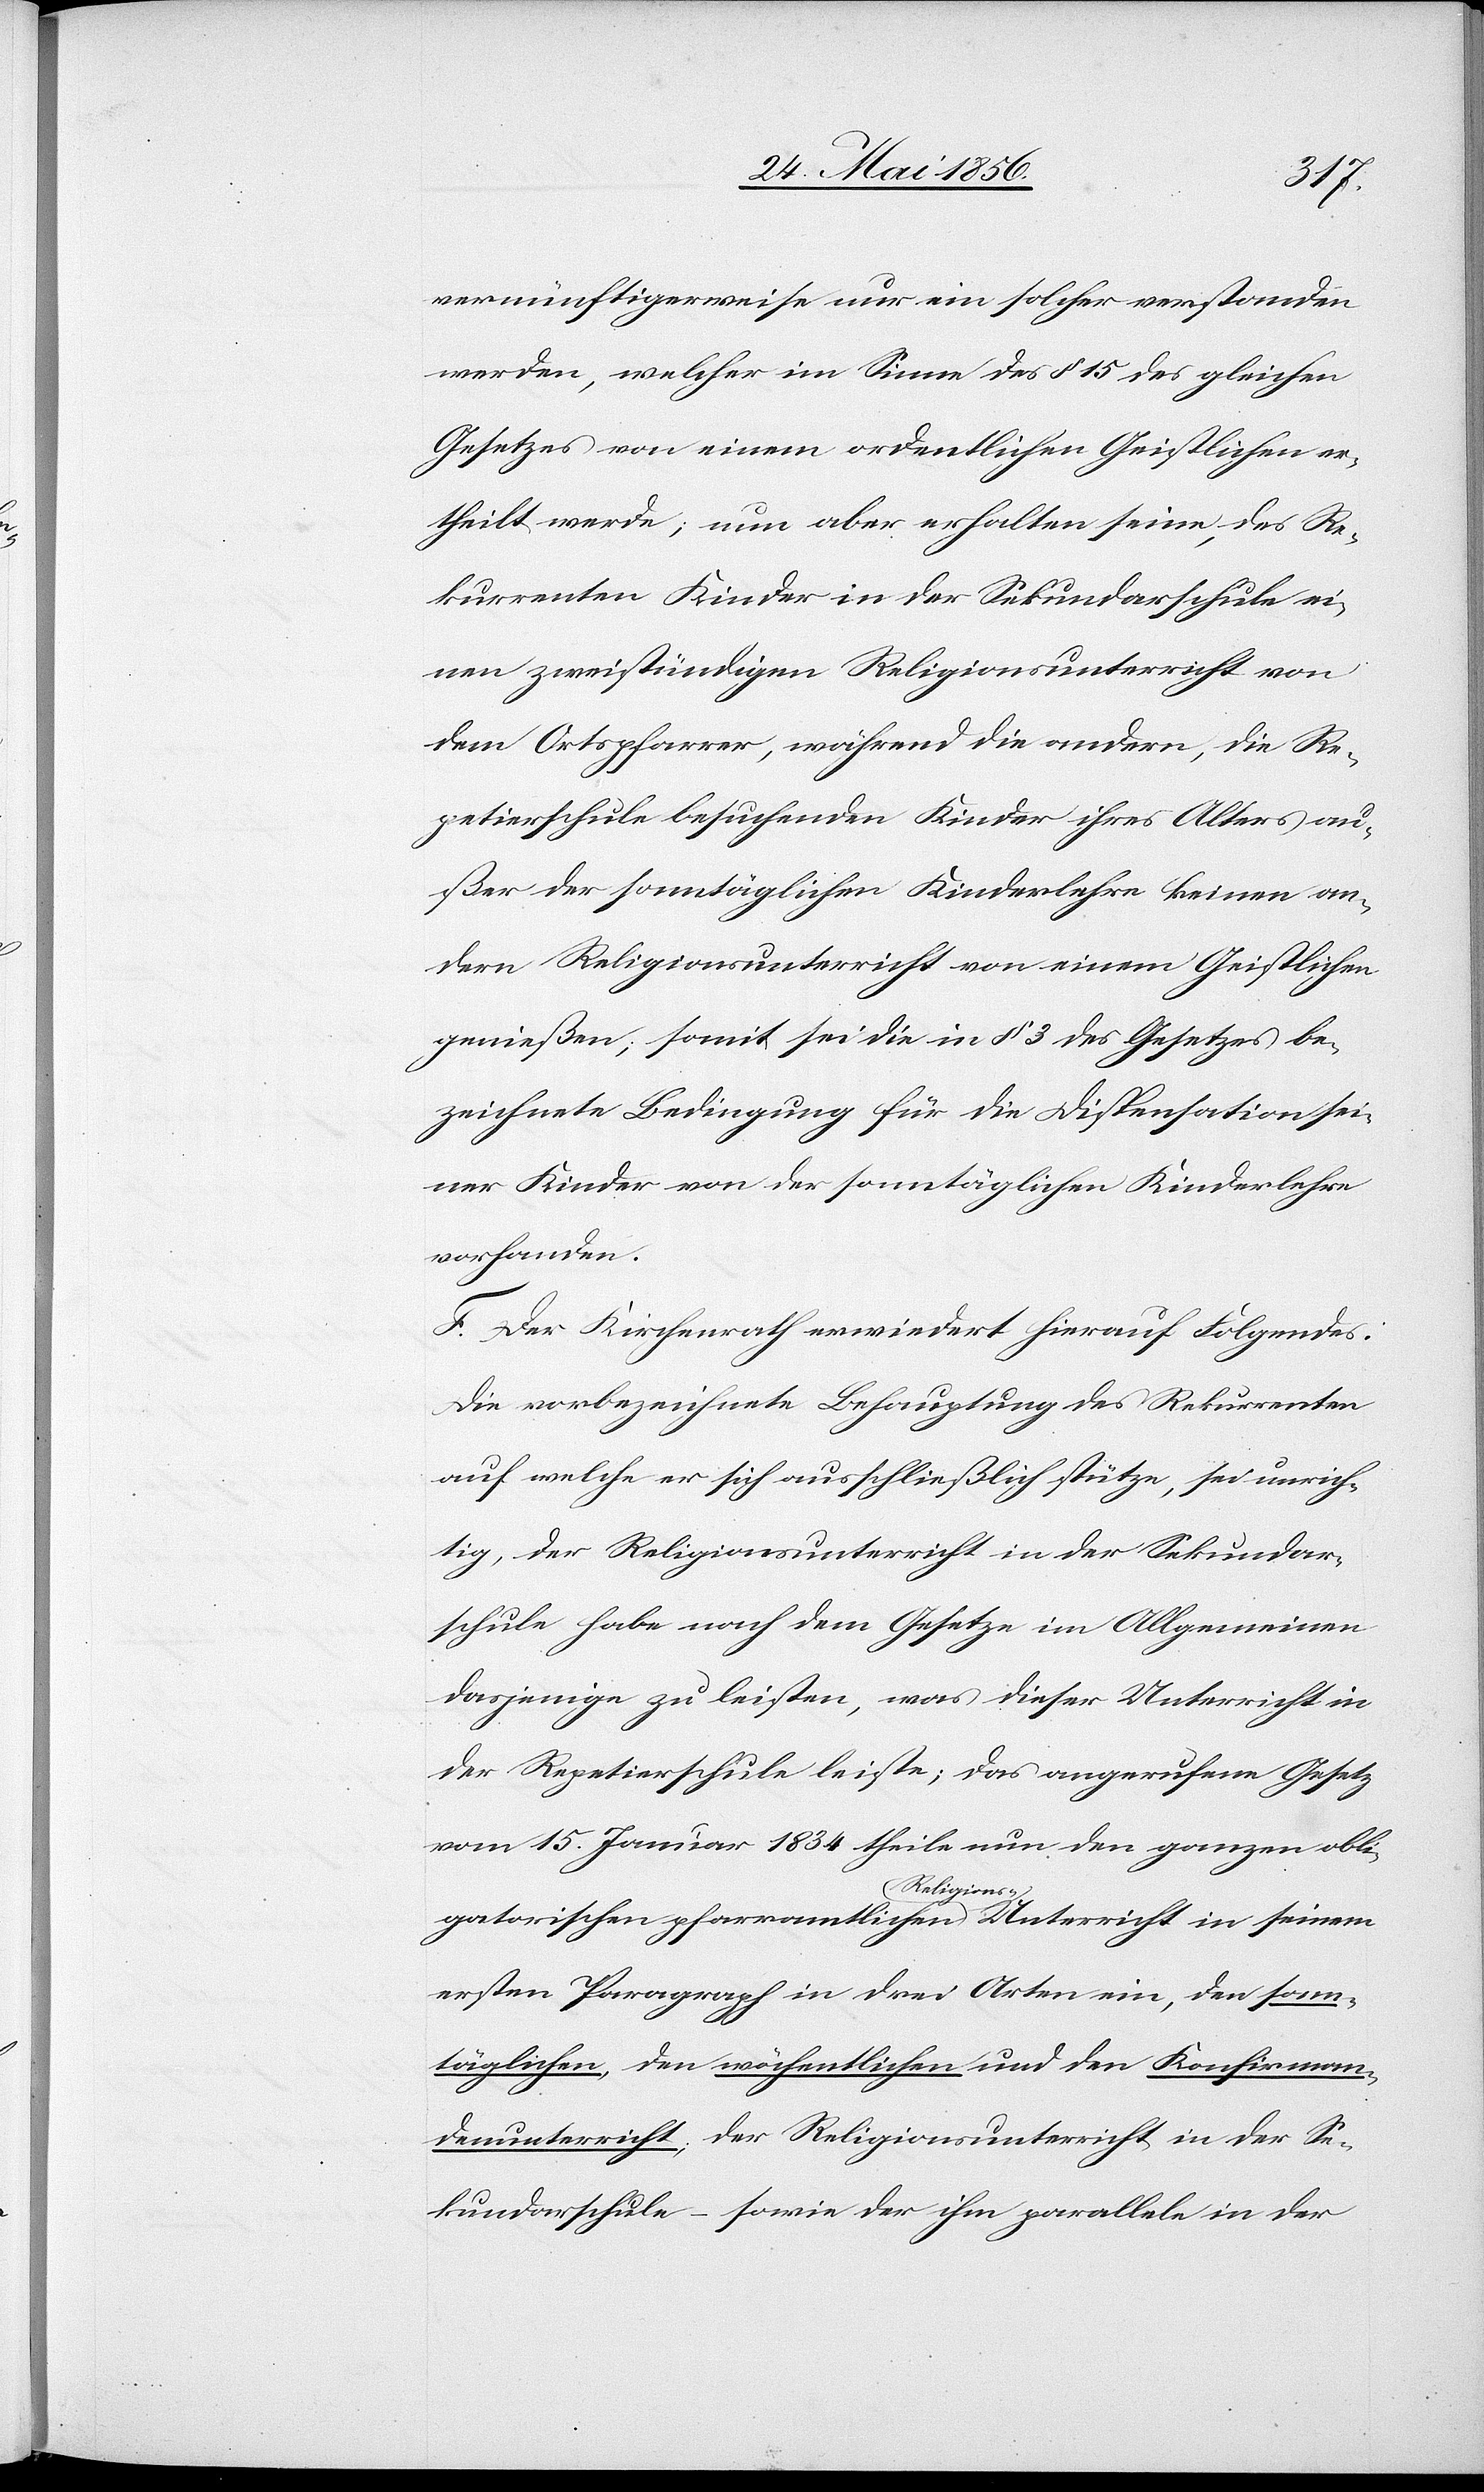
vernünftigerweise nur ein solcher verstanden
werden, welcher im Sinne des § 15 des gleichen
Gesetzes von einem ordentlichen Geistlichen er¬
theilt werde; nun aber erhalten seine, des Re¬
kurrenten Kinder in der Sekundarschule ei¬
nen zweistündigen Religionsunterricht von
dem Ortspfarrer, während die andern, die Re¬
petierschule besuchenden Kinder ihres Alters au¬
ßer der sonntäglichen Kinderlehre keinen an¬
dern Religionsunterricht von einem Geistlichen
genießen; somit sei die in § 3 des Gesetzes be¬
zeichnete Bedingung für die Dispensation sei¬
ner Kinder von der sonntäglichen Kinderlehre
vorhanden.
F. Der Kirchenrath erwiedert hierauf Folgendes:
die vorbezeichnete Behauptung des Rekurrenten
auf welche er sich ausschließlich stütze, sei unrich¬
tig, der Religionsunterricht in der Sekundar¬
schule habe nach dem Gesetze im Allgemeinen
dasjenige zu leisten, was dieser Unterricht in
der Repetierschule leiste; das angerufene Gesetz
vom 15. Januar 1834 theile nun den ganzen obli¬
gatorischen pfarramtlichen a-Religions--a Unterricht in seinem
ersten Paragraph in drei Arten ein, den sonn¬
täglichen, den wöchentlichen und den Konfirman¬
denunterricht; der Religionsunterricht in der Se¬
kundarschule – sowie der ihm parallele in der